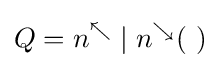
Q=n^{\nwarrow }\mid n^{\searrow }(~)